Language: tamil
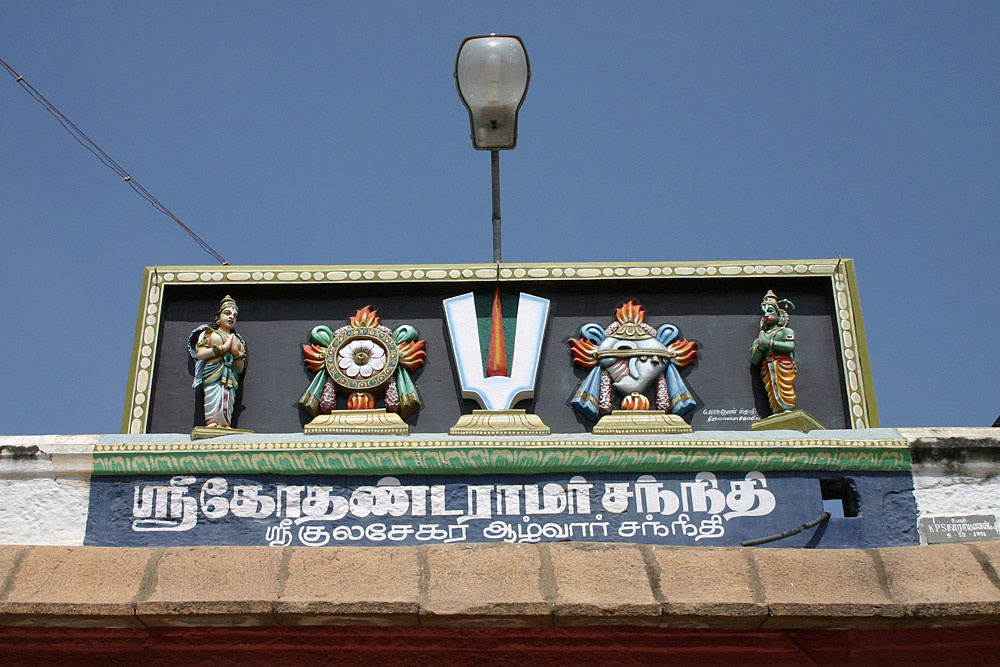
Transcription: சந்தி சந்நிதி குலசேகர கோதண்ட ராமா் ஆழ்வார்